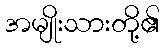
အမျိုးသားတို့၏